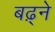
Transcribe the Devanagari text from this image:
बढ़्ने